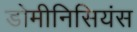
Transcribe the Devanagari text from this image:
डोमीनिसियंस